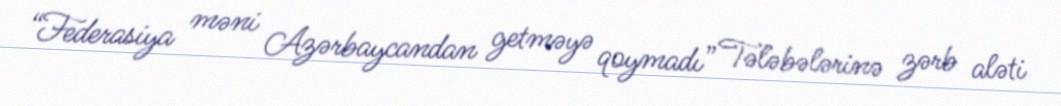
“Federasiya məni Azərbaycandan getməyə qoymadı” Tələbələrinə zərb aləti